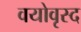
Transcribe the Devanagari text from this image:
वयोवृस्द